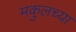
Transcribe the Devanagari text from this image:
मकुलच्या